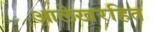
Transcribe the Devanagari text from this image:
आलेखरहित